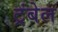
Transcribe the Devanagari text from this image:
ट्रंबेल